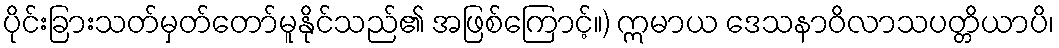
ပိုင်းခြားသတ်မှတ်တော်မူနိုင်သည်၏ အဖြစ်ကြောင့်။) ဣမာယ ဒေသနာဝိလာသပတ္တိယာပိ၊